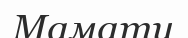
Мамати